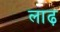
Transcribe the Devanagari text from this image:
लाढ़